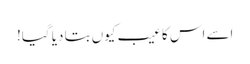
اسے اس کا عیب کیوں بتا دیا گیا!